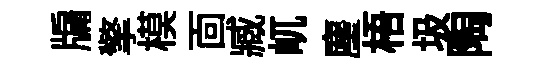
牖擎模靣臧屼麈梧圾陶